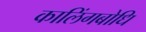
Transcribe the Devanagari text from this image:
कालिंगबोधि